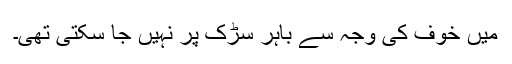
میں خوف کی وجہ سے باہر سڑک پر نہیں جا سکتی تھی۔